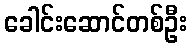
ခေါင်းဆောင်တစ်ဦး